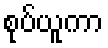
စုပ်ယူကာ